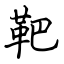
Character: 靶